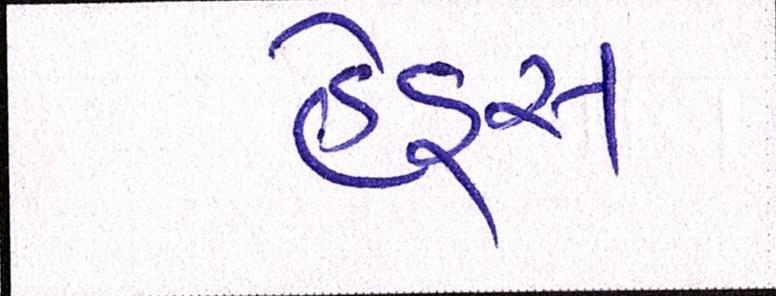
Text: હેડ્સ